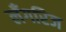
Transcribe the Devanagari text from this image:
लँगरिज